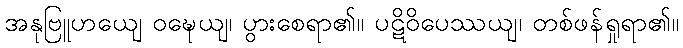
အနုဗြူဟယျေ ဝဍ္ဎေယျ၊ ပွားစေရာ၏။ ပဋိဝိပေဿယျ၊ တစ်ဖန်ရှုရာ၏။